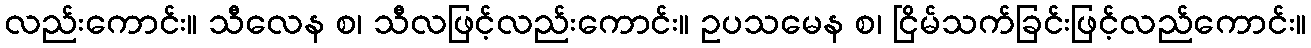
လည်းကောင်း။ သီလေန စ၊ သီလဖြင့်လည်းကောင်း။ ဥပသမေန စ၊ ငြိမ်သက်ခြင်းဖြင့်လည်ကောင်း။